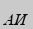
АИ